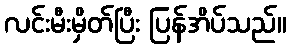
လင်းမီးမှိတ်ပြီး ပြန်အိပ်သည်။